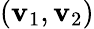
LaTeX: (\mathbf{v}_{1},\mathbf{v}_{2})